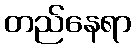
တည်နေရာ